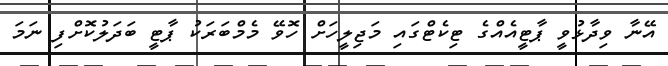
އޭނާ ވިދާޅުވީ ޕާޓީއެއްގެ ޓިކެޓްގައި މަޖިލީހަށް ހޮވޭ މެމްބަރަކު ޕާޓީ ބަދަލުކޮށްފި ނަމަ